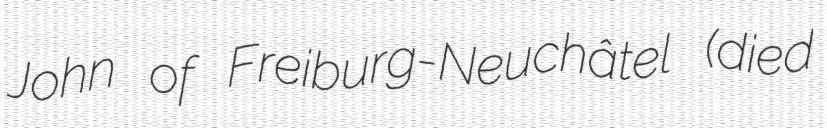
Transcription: John of Freiburg-Neuchâtel (died